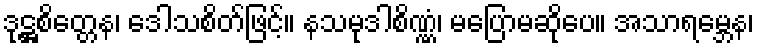
ဒုဋ္ဌစိတ္တေန၊ ဒေါသစိတ်ဖြင့်။ နသမုဒါစိဏ္ဏံ၊ မပြောမဆိုပေ။ အသာရမ္ဘေန၊